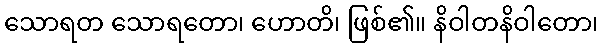
သောရတ သောရတော၊ ဟောတိ၊ ဖြစ်၏။ နိဝါတနိဝါတော၊